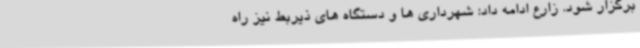
برگزار شود. زارع ادامه داد: شهرداری ها و دستگاه های ذیربط نیز راه